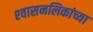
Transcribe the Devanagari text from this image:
श्‍वासनलिकांच्या